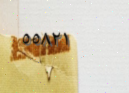
٥٥٨٢١